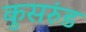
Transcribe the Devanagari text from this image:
कुसरुंड